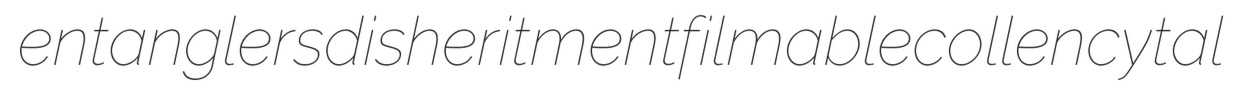
entanglers disheritment filmable collencytal